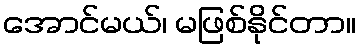
အောင်မယ်၊ မဖြစ်နိုင်တာ။